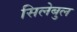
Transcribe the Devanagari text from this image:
सिलेबुल